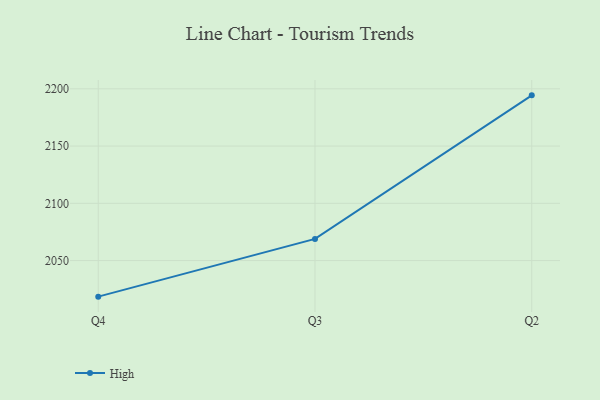
{"axis": {"x": "Quarter", "y": "Energy Usage (MWh)"}, "legend": ["High"], "data": [{"x": "Q4", "y": 2018.5, "type": "High"}, {"x": "Q3", "y": 2068.9, "type": "High"}, {"x": "Q2", "y": 2194.3, "type": "High"}]}